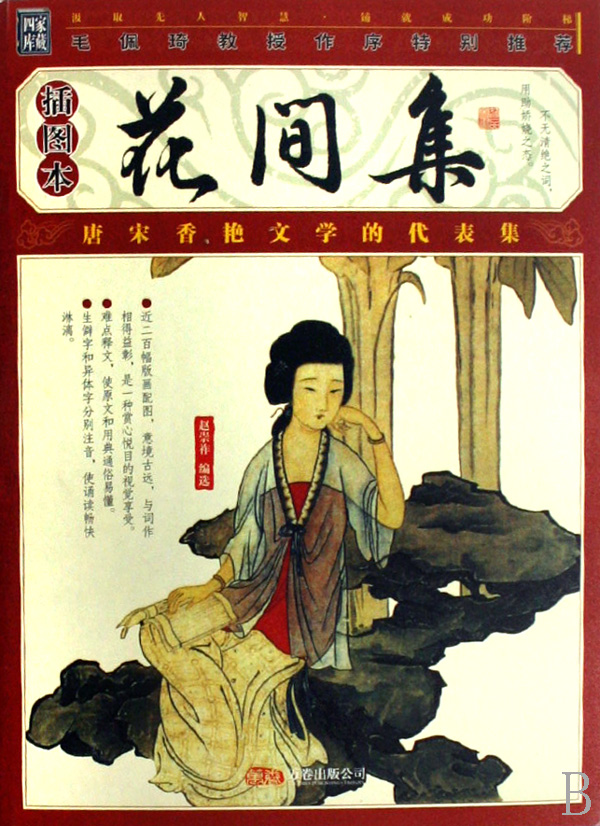
暗灯凉簟怨分离，妖姬，不胜悲。